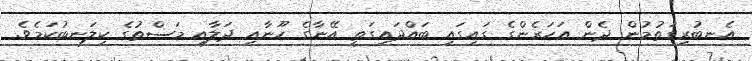
އެނބުރިގަތުމުން ދެން އަހަރެންގެ ގައިގައި ބައްދައިގަތީ އޭނާގެ ހޫނާއި ދަލާއި މަސްތުގެ ކިލަނބުކަމެވެ.